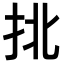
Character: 𢫣